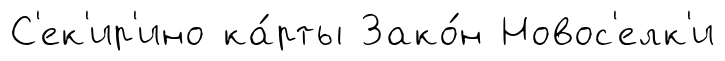
С'ек'ир'ино ка́рты Зако́н Новос'елк'и